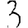
Digit: 3